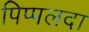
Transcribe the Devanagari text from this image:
पिप्‍पलदा